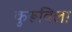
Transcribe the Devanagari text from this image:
कुरूविला